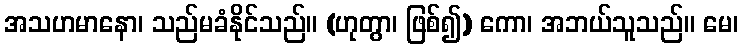
အသဟမာနော၊ သည်မခံနိုင်သည်။ (ဟုတွာ၊ ဖြစ်၍) ကော၊ အဘယ်သူသည်။ မေ၊